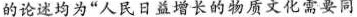
的论述均为”人民日益增长的物质文化需要同